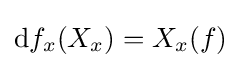
\mathrm {d} f_{x}(X_{x})=X_{x}(f)